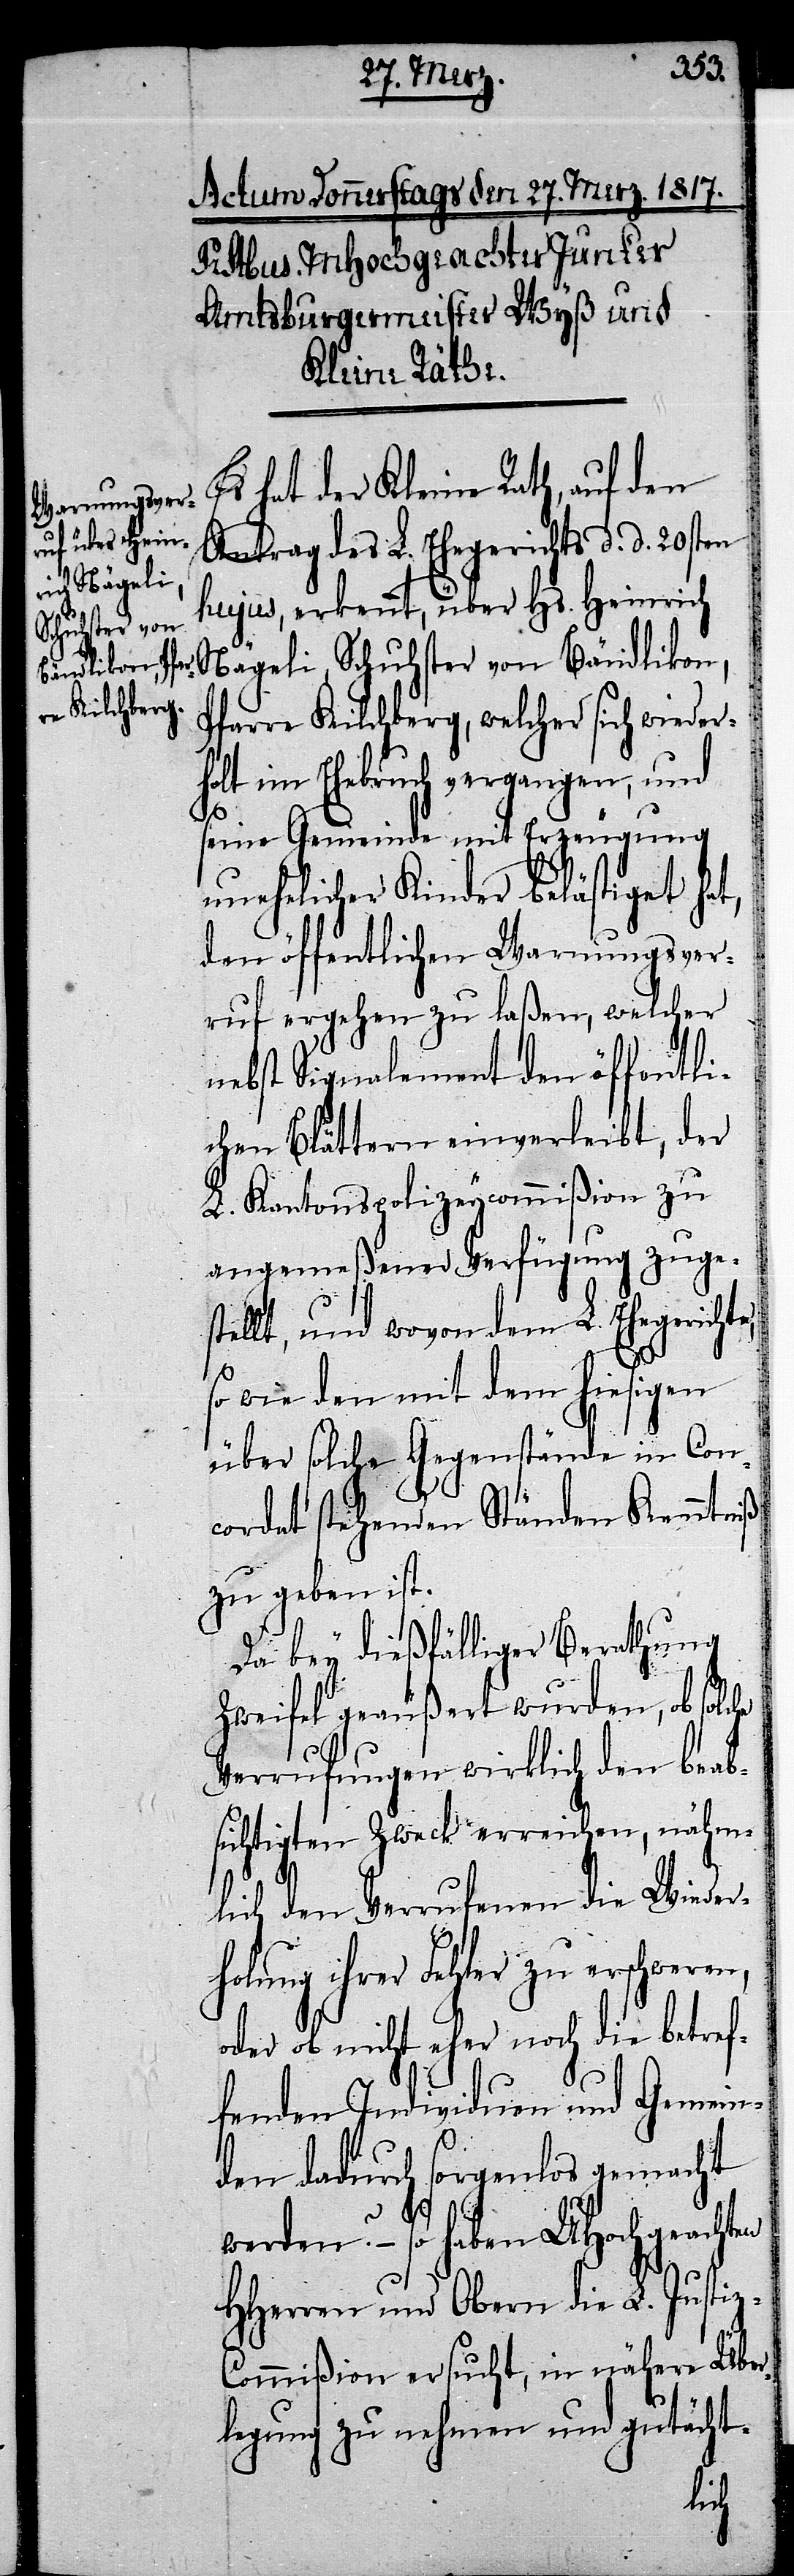
Es hat der Kleine Rath, auf den
Antrag des L. Ehegerichts d. d. 20sten
hujus, erkennt, über Hs. Heinrich
Nägeli, Schuhster von Bändlikon,
Pfarre Kilchberg, welcher sich wieder¬
holt im Ehebruch vergangen, und
seine Gemeinde mit Erzeugung
unehelicher Kinder belästiget hat,
den öffentlichen Warnungsver¬
ruf ergehen zu laßen, welcher
nebst Signalement den öffentli¬
chen Blättern einverleibt, der
L. Kantonspolizeycommißion zu
angemeßener Verfügung zuges¬
tellt, und wovon dem L. Ehegerichte,
so wie den mit dem hiesigen
über solche Gegenstände in Con¬
cordat stehenden Ständen Kenntniß
zu geben ist.
Da bey dießfälliger Berathung
Zweifel geäußert wurden, ob so¬
Verrufungen wirklich den beab¬
sichtigten Zweck erreichen, nähm¬
lich den Verrufenen die Wieder¬
holung ihrer Fehler zu erschweren,
oder ob nicht eher noch die betref¬
fenden Individuen und Gemein¬
den dadurch sorgenlos gemacht
werden? – so haben UHochgeachten
HHerren und Obern die L. Justiz-C¬
ommißion ersucht, in nähere Über¬
legung zu nehmen und gutächt-
lche